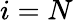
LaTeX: i=N